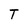
Character: T